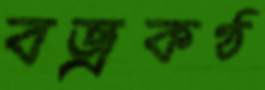
বজ্রকণ্ঠ